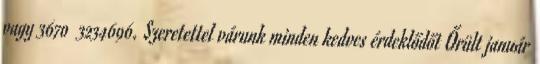
vagy 3670 3234696. Szeretettel várunk minden kedves érdeklődőt Őrült január